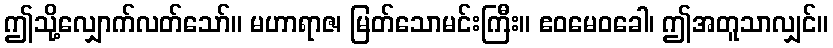
ဤသို့လျှောက်လတ်သော်။ မဟာရာဇ၊ မြတ်သောမင်းကြီး။ ဧဝမေဝခေါ၊ ဤအတူသာလျှင်။